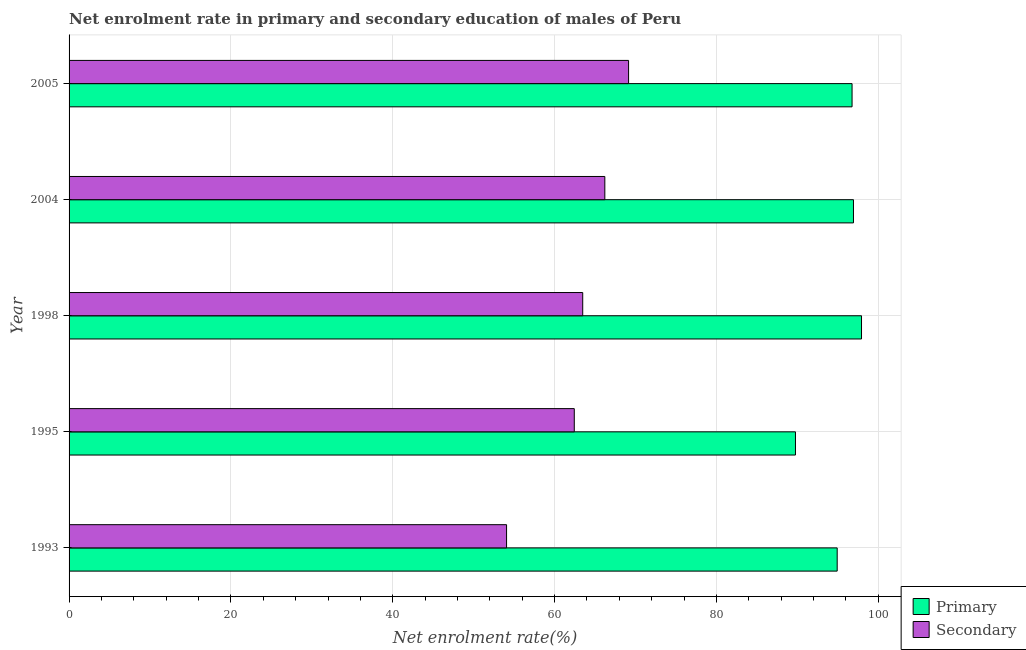
| Year | Primary | Secondary |
 | --- | --- | --- |
 | 1993 | 94.9 | 54.1 |
 | 1995 | 89.8 | 62.4 |
 | 1998 | 97.9 | 63.5 |
 | 2004 | 96.9 | 66.2 |
 | 2005 | 96.8 | 69.1 |